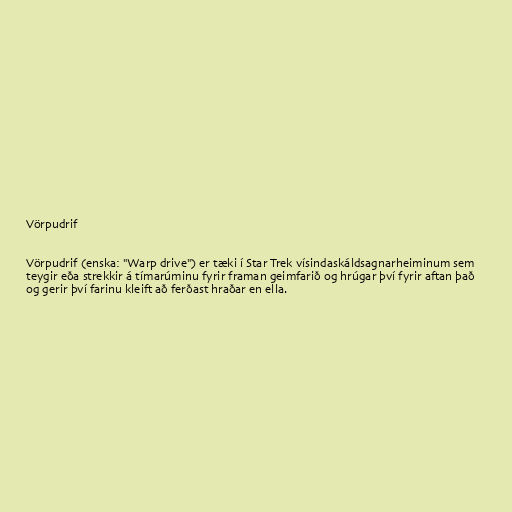
Vörpudrif

Vörpudrif (enska: "Warp drive") er tæki í Star Trek vísindaskáldsagnarheiminum sem
teygir eða strekkir á tímarúminu fyrir framan geimfarið og hrúgar því fyrir aftan það
og gerir því farinu kleift að ferðast hraðar en ella.